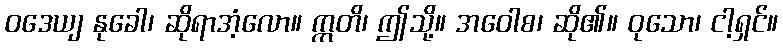
ဝဒေယျ နုခေါ၊ ဆိုရာအံ့လော။ ဣတိ၊ ဤသို့။ အဝေါစ၊ ဆို၏။ ဝုသော၊ ငါ့ရှင်။